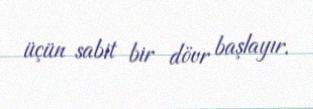
üçün sabit bir dövr başlayır.